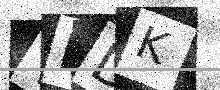
Text: YEDK